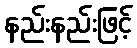
နည်းနည်းဖြင့်